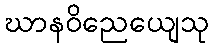
ဃာနဝိညေယျေသု